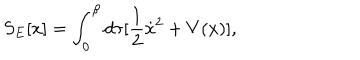
S _ { E } [ x ] = \int _ { 0 } ^ { \beta } d \tau [ \frac { 1 } { 2 } \dot { x } ^ { 2 } + V ( x ) ] ,